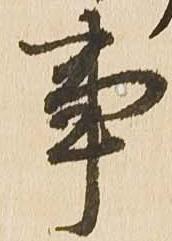
事